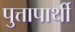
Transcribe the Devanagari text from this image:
पुत्तापार्थी